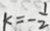
k = - \frac { 1 } { 2 }